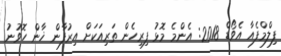
ފިލްމްފެއާ އެވޯޑް 2018: އެންމެ މޮޅު ފިރިހެން ތަރިއަކަށް އިރުފާން ޚާން ހޮވުނު